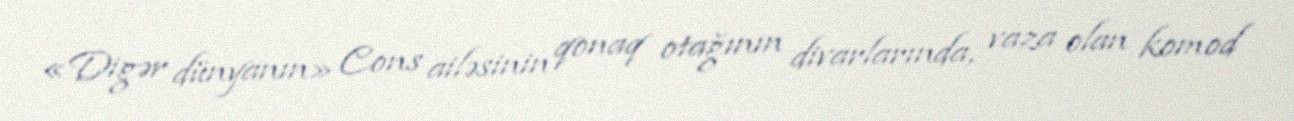
«Digər dünyanın» Cons ailəsinin qonaq otağının divarlarında, vaza olan komod